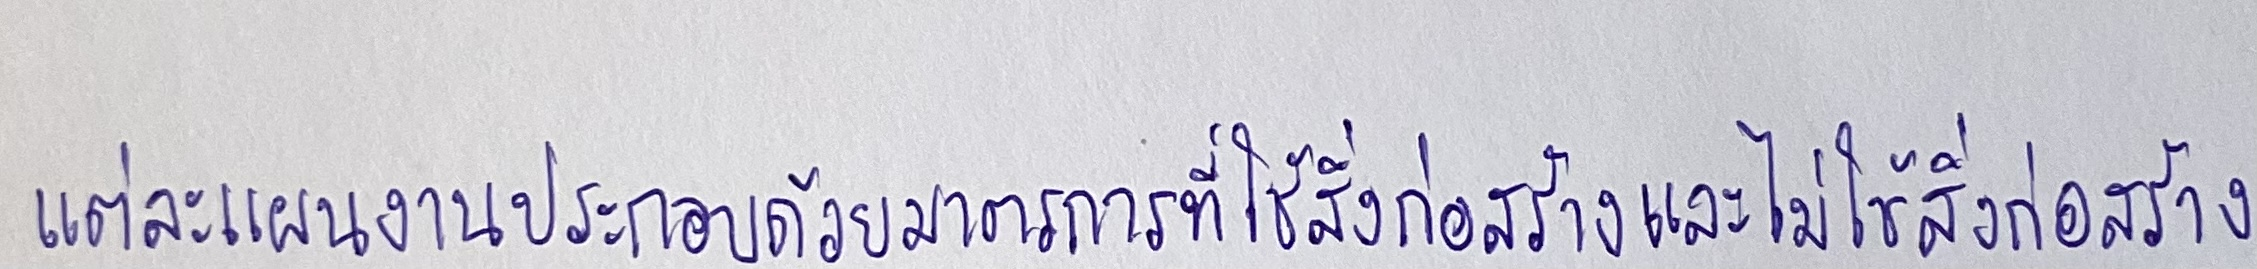
แต่ละแผนงานประกอบด้วยมาตรการที่ใช้สิ่งก่อสร้างและไม่ใช้สิ่งก่อสร้าง